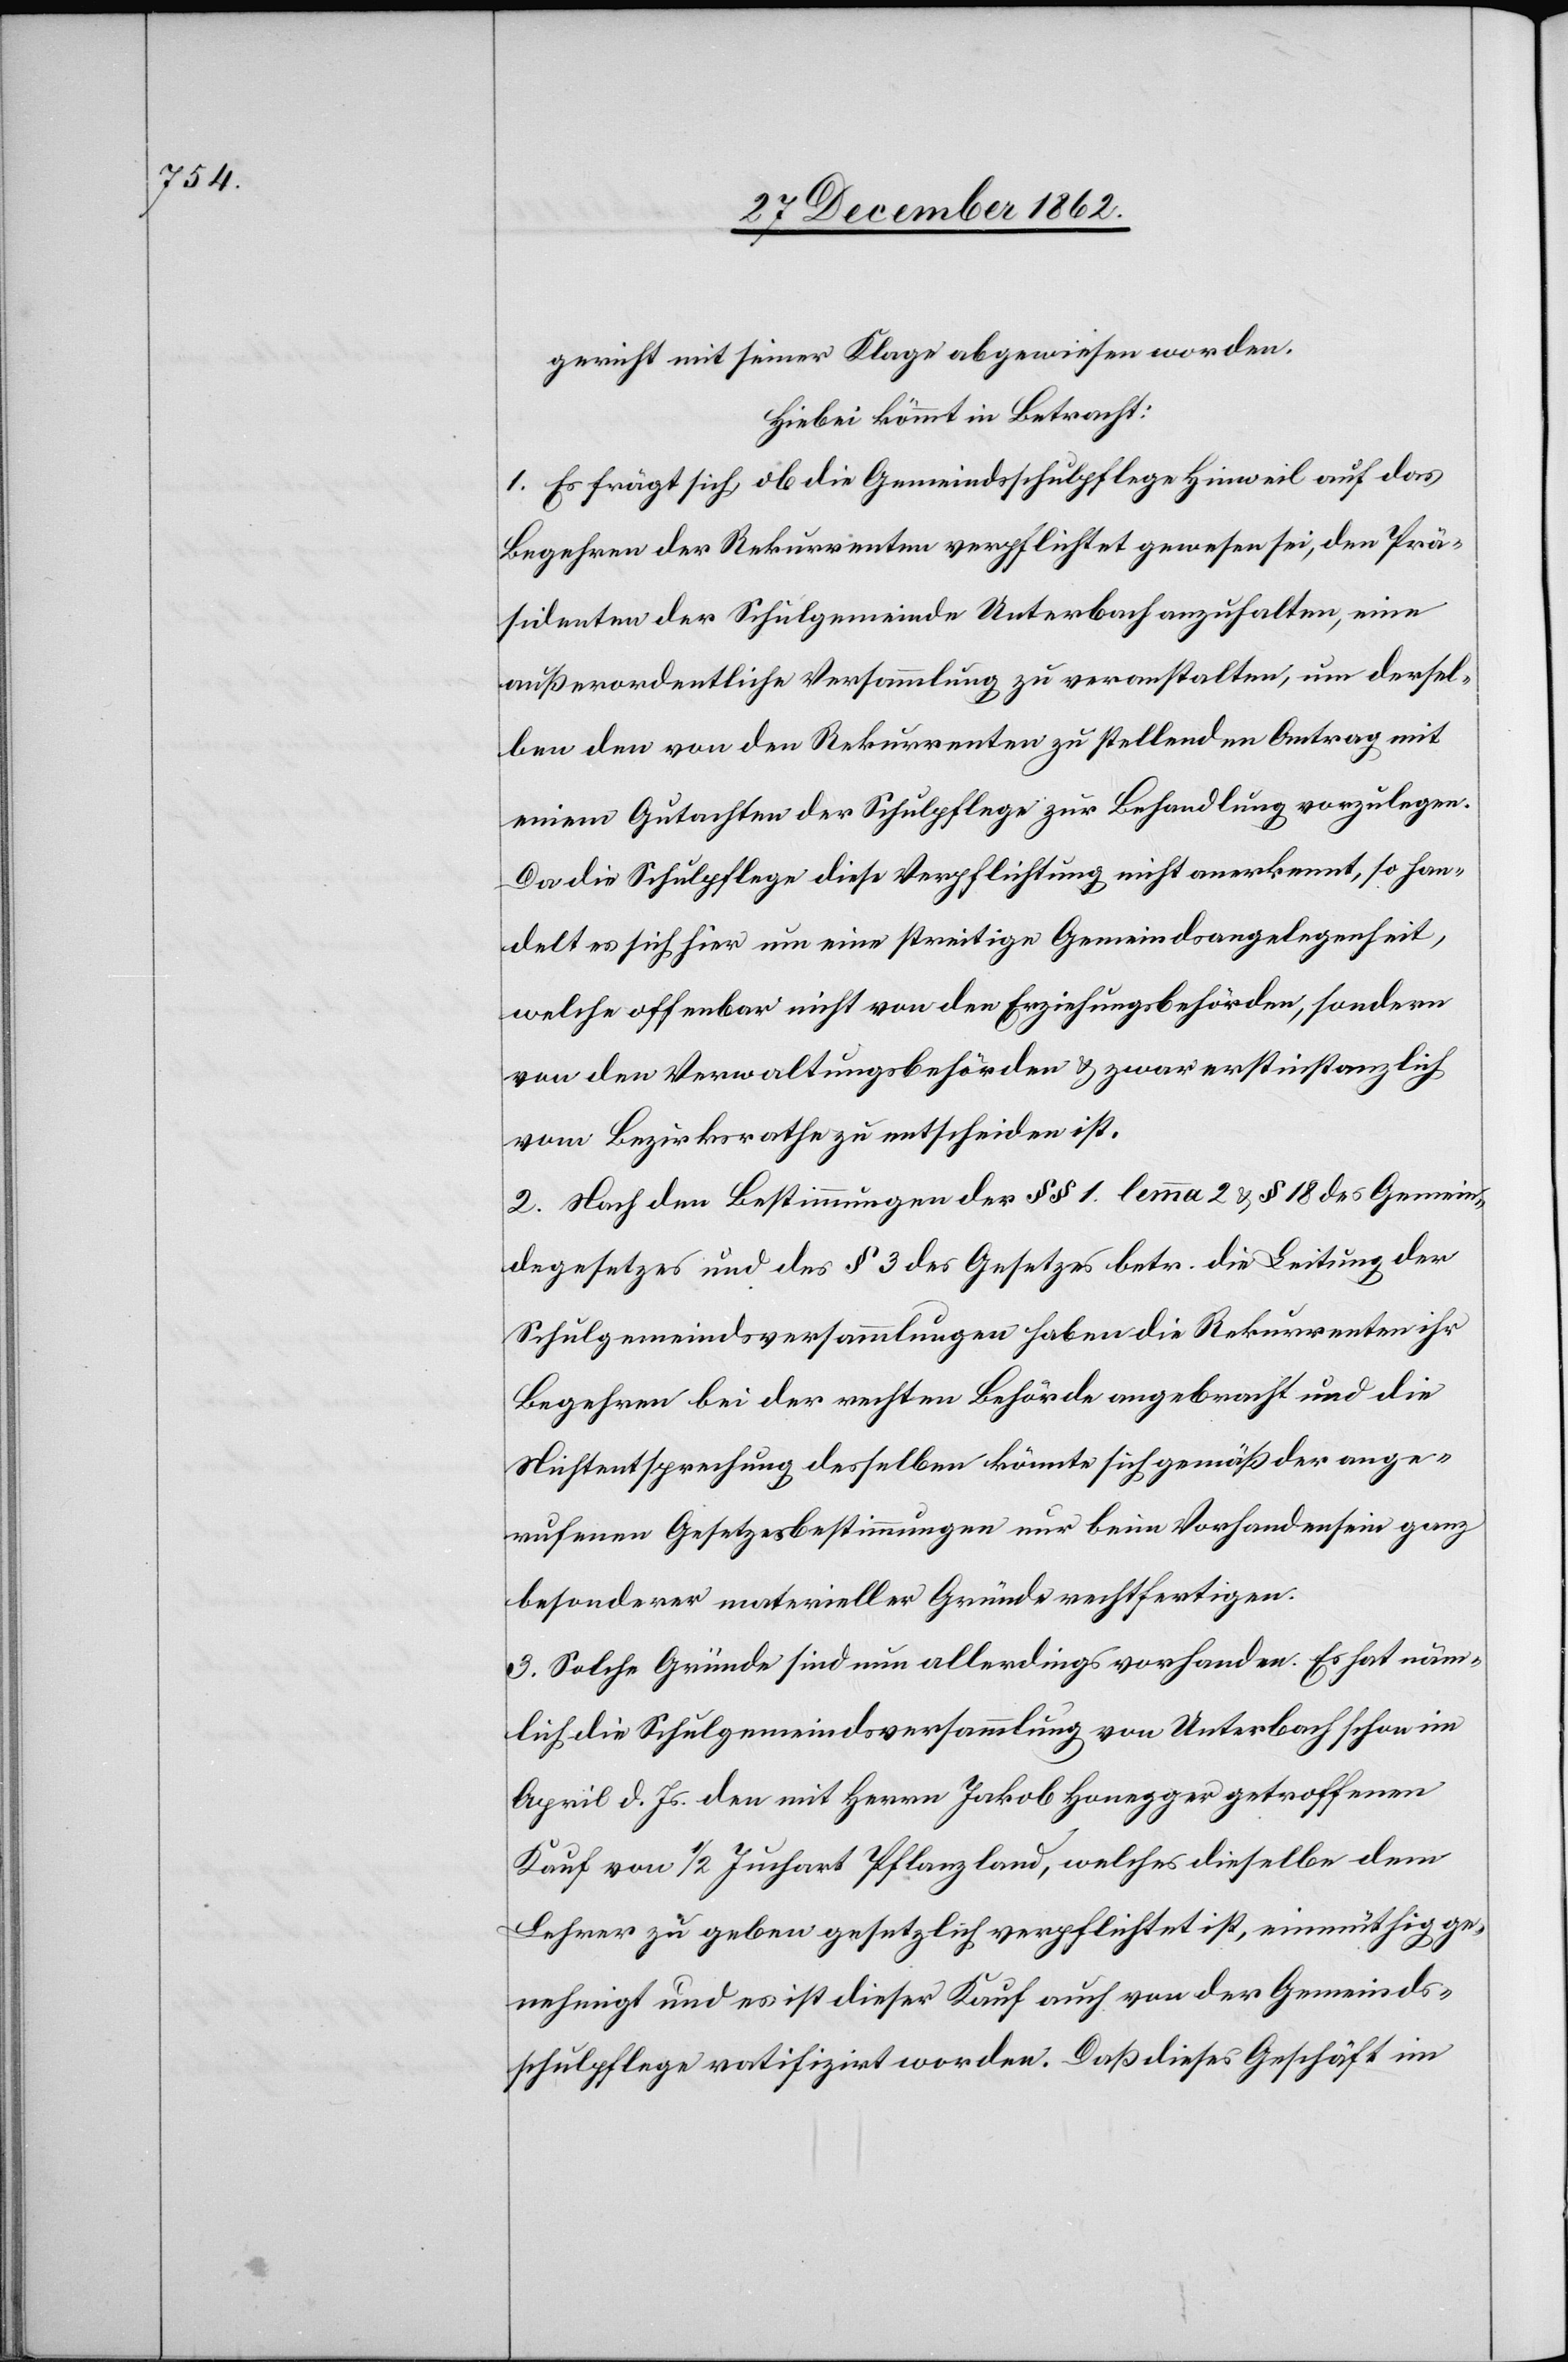
gericht mit seiner Klage abgewiesen worden.
Hiebei kömmt in Betracht:
1. Es frägt sich, ob die Gemeindsschulpflege Hinweil auf das
Begehren der Rekurrenten verpflichtet gewesen sei, den Prä¬
sidenten der Schulgemeinde Unterbach anzuhalten, eine
außerordentliche Versammlung zu veranstalten, um dersel¬
ben den von den Rekurrenten zu stellenden Antrag mit
einem Gutachten der Schulpflege zur Behandlung vorzulegen.
Da die Schulpflege diese Verpflichtung nicht anerkennt, so han¬
delt es sich hier um eine streitige Gemeindsangelegenheit,
welche offenbar nicht von den Erziehungsbehörden, sondern
von den Verwaltungsbehörden u. zwar erstinstanzlich
vom Bezirksrathe zu entscheiden ist.
2. Nach den Bestimmungen des §§ 1 lemma 1 u. § 18 des Gemein¬
degesetzes und des § 3 des Gesetzes betr. die Leitung der
Schulgemeindsversammlungen haben die Rekurrenten ihr
Begehren bei der rechten Behörde angebracht und die
Nichtentsprechung desselben könnte sich gemäß der ange¬
rufenen Gesetzesbestimmungen nur beim Vorhandensein ganz
besonderer materieller Gründe rechtfertigen.
3. Solche Gründe sind nun allerdings vorhanden. Es hat näm¬
lich die Schulgemeindsversammlung von Unterbach schon im
April d. Js. den mit Herrn Jakob Honegger getroffenen
Kauf von 1/2 Juchart Pflanzland, welches dieselbe dem
Lehrer zu geben gesetzlich verpflichtet ist, einmüthig ge¬
nehmigt und es ist dieser Kauf auch von der Gemeinds¬
schulpflege ratifizirt worden. Daß dieses Geschäft im